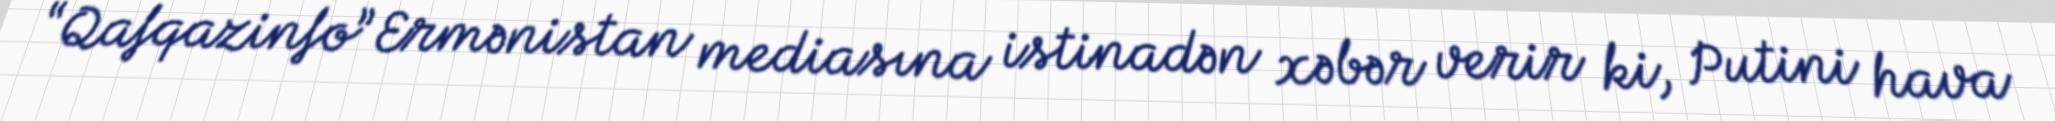
“Qafqazinfo” Ermənistan mediasına istinadən xəbər verir ki, Putini hava